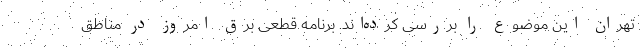
تهران این موضوع را بررسی کرده‌اند. برنامه قطعی برق امروز در مناطق